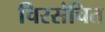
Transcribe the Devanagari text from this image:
चिरसंचित